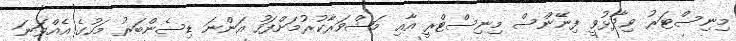
މިނިސްޓަރު ވިދާޅުވީ ފިނޭންސް މިނިސްޓްރީ އާއި މަޝްވަރާކުރުމަށްފަހު އަންނަ ޑިސެންބަރު މަހުގެ އެއްވަނަ